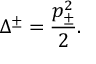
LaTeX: \Delta ^ { \pm } = \displaystyle \frac { p _ { \pm } ^ { 2 } } { 2 } .